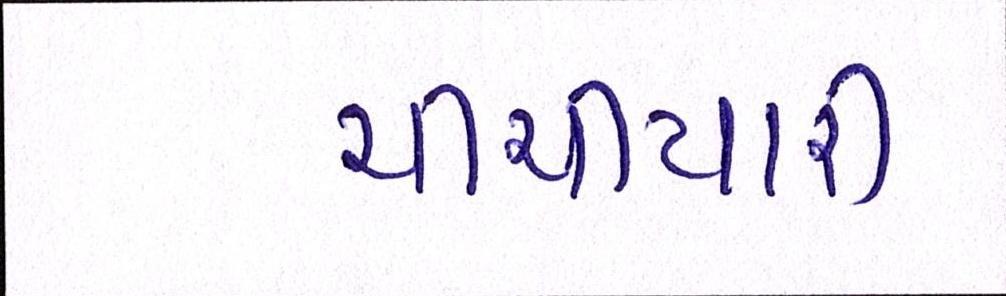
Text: ચીચીયારી